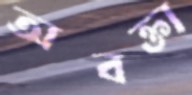
অবক্তা